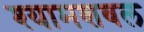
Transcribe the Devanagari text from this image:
श्यामशबल